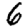
Digit: 6